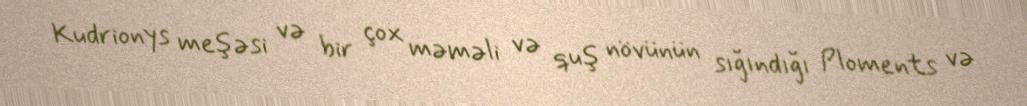
Kudrionys meşəsi və bir çox məməli və quş növünün sığındığı Ploments və